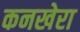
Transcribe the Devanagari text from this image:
कनखेरा